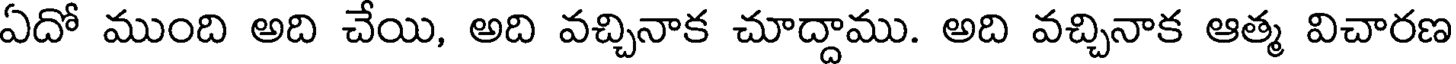
ఏదో ముంది అది చేయి, అది వచ్చినాక చూద్దాము. అది వచ్చినాక ఆత్మ విచారణ